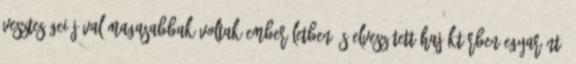
veszteségei jóval magasabbak voltak emberéletben és elveszített hajóktérben egyaránt,